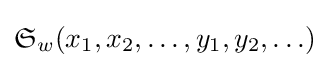
{\mathfrak {S}}_{w}(x_{1},x_{2},\ldots ,y_{1},y_{2},\ldots )